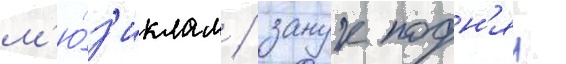
м'ю́з'иклам / занук подн'ял